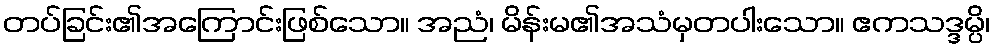
တပ်ခြင်း၏အကြောင်းဖြစ်သော။ အညံ၊ မိန်းမ၏အသံမှတပါးသော။ ဧကသဒ္ဒမ္ပိ၊